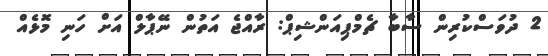
2 ދުވަަސްކުރިން ސާބާ ޗެމްޕިއަންޝިޕް: ރާއްޖެ އަތުން ނޭޕާލް އަށް ހަނި މޮޅެއް